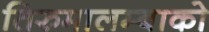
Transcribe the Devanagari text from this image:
तिरुमालम्बाको